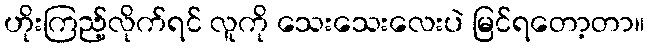
ဟိုးကြည့်လိုက်ရင် လူကို သေးသေးလေးပဲ မြင်ရတော့တာ။